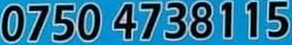
0750 4738115